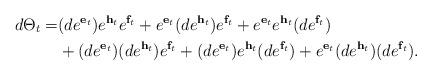
LaTeX: \begin{align*}d\Theta_{t}=&(de^{{\bf e}_{t}})e^{{\bf h}_{t}}e^{{\bf f}_{t}}+e^{{\bf e}_{t}}(de^{{\bf h}_{t}})e^{{\bf f}_{t}}+e^{{\bf e}_{t}}e^{{\bf h}_{t}}(de^{{\bf f}_{t}}) \\&+(de^{{\bf e}_{t}})(de^{{\bf h}_{t}})e^{{\bf f}_{t}}+(d e^{{\bf e}_{t}})e^{{\bf h}_{t}}(de^{{\bf f}_{t}})+e^{{\bf e}_{t}}(de^{{\bf h}_{t}})(de^{{\bf f}_{t}}).\end{align*}